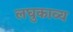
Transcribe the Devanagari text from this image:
लघुकाव्य